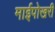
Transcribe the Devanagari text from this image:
माईपोखरी